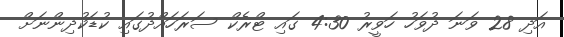
އަދި 28 ވަނަ ދުވަހު ހަވީރު 4:30 ގައި ޓްރެކް ސަރަހައްދުގައި ކުޑަކުދިންނަށް